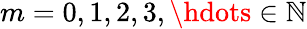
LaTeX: m=0,1,2,3,\hdots\in\mathbb{N}